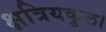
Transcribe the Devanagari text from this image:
क्षत्रियकुल।